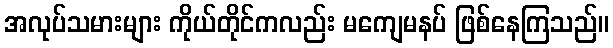
အလုပ်သမားများ ကိုယ်တိုင်ကလည်း မကျေမနပ် ဖြစ်နေကြသည်။